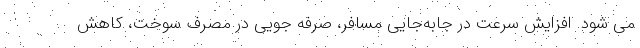
می شود. افزایش سرعت در جابه‌جایی مسافر، صرفه جویی در مصرف سوخت، کاهش